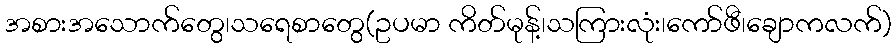
အစားအသောက်တွေ၊သရေစာတွေ(ဥပမာ ကိတ်မုန့်၊သကြားလုံး၊ကော်ဖီ၊ချောကလက်)